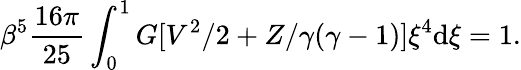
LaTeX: \beta^{5}{\frac{16\pi}{25}}\int_{0}^{1}G[V^{2}/2+Z/\gamma(\gamma-1)]\xi^{4}\mathrm{d}\xi=1.